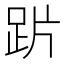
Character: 𲃙